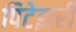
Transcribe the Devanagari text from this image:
पिटेझरी